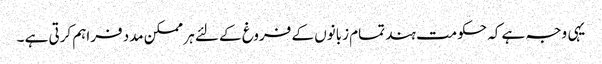
یہی وجہ ہے کہ حکومت ہند تمام زبانوں کے فروغ کے لئے ہر ممکن مدد فراہم کرتی ہے ۔